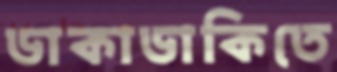
ডাকাডাকিতে